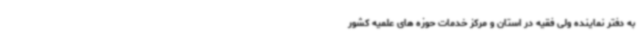
به دفتر نماینده ولی فقیه در استان و مرکز خدمات حوزه های علمیه کشور